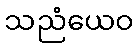
သညံယေဝ